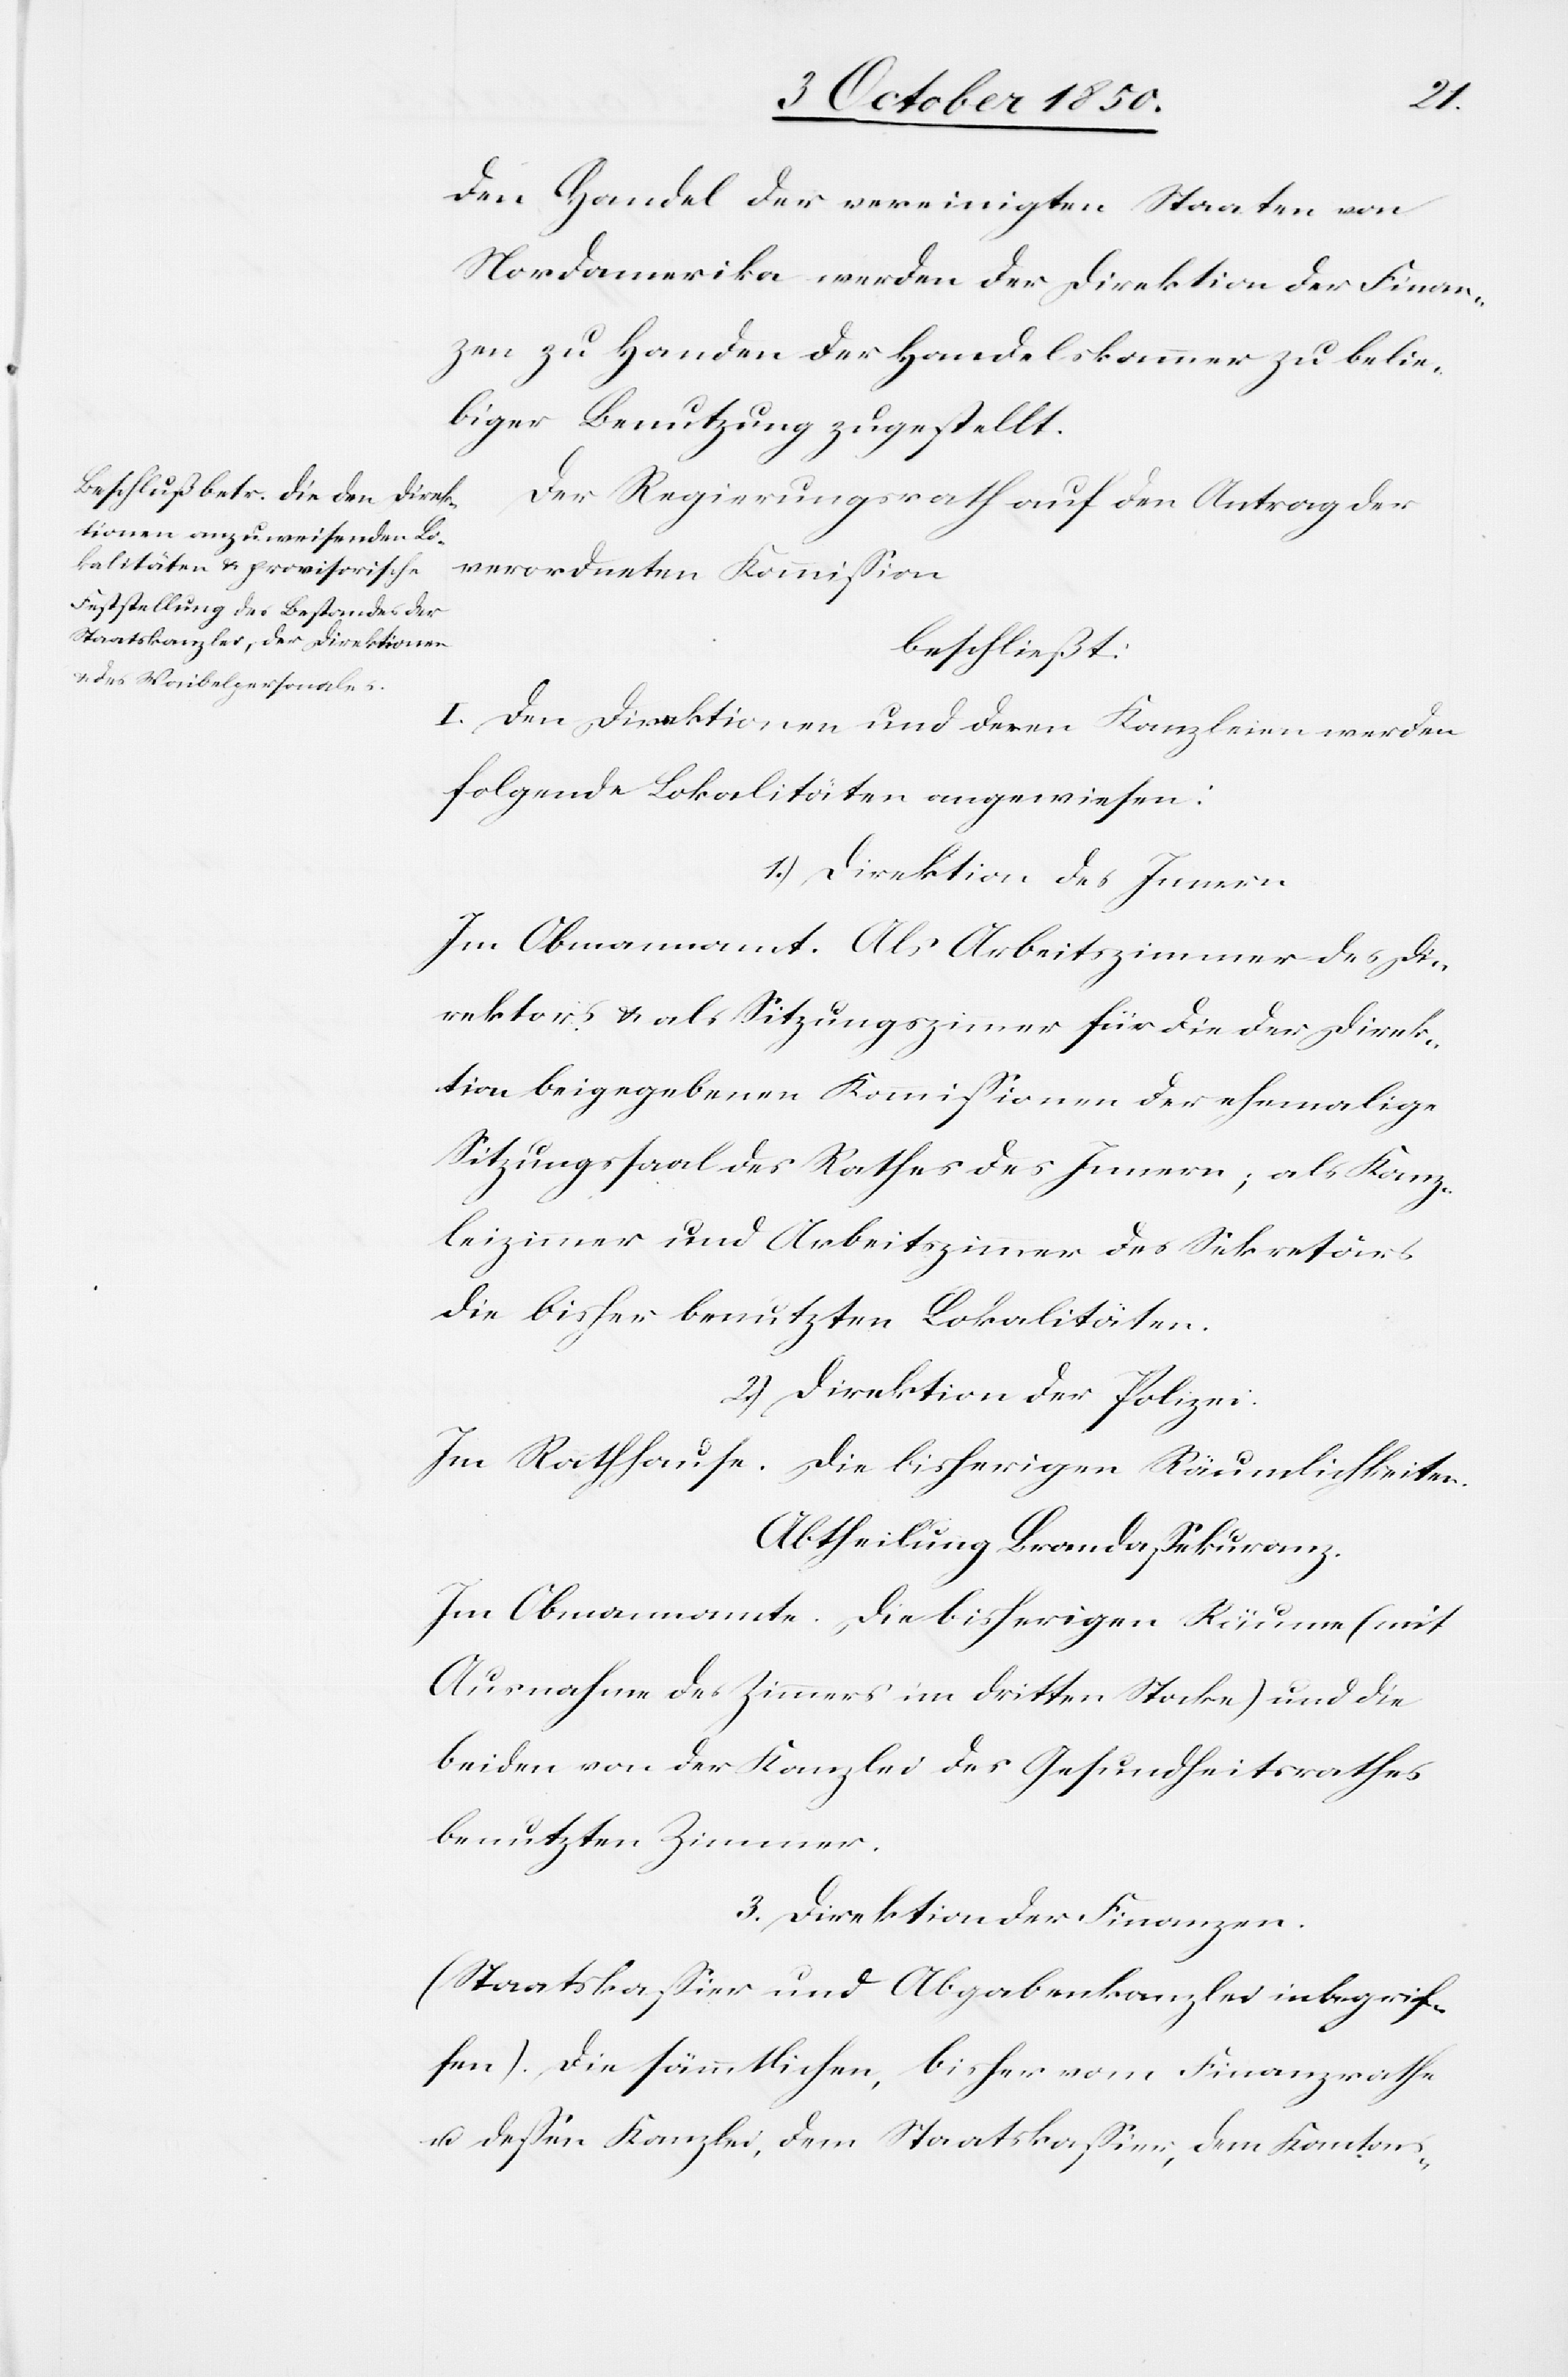
den Handel der vereinigten Staaten von
Nordamerika werden der Direktion der Finan¬
zen zu Handen der Handelskammer zu belie¬
biger Benutzung zugestellt.
Der Regierungsrath auf den Antrag der
verordneten Kommission
beschließt:
I. Den Direktionen und deren Kanzleien werden
folgende Lokalitäten angewiesen:
1.) Direktion des Innern
Im Obmannamt. Als Arbeitszimmer des Di¬
rektors & als Sitzungszimmer für die der Direk¬
tion beigegebenen Kommissionen der ehemalige
Sitzungssaal des Rathes des Innern; als Kanz¬
leizimmer und Arbeitszimmer des Sekretärs
die bisher benutzten Lokalitäten.
2.) Direktion der Polizei.
Im Rathhause. Die bisherigen Räumlichkeiten.
Abtheilung Brandassekuranz.
Im Obmannamte. Die bisherigen Räume (mit
Ausnahme des Zimmers im dritten Stocke) und die
beiden von der Kanzlei des Gesundheitsrathes
benutzten Zimmer.
3.) Direktion der Finanzen.
(Staatskassier und Abgabenkanzlei inbegrif¬
fen). Die sämmtlichen, bisher vom Finanzrathe
u. dessen Kanzlei, dem Staatskassier, dem Kantons-